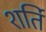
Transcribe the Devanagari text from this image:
शर्ति